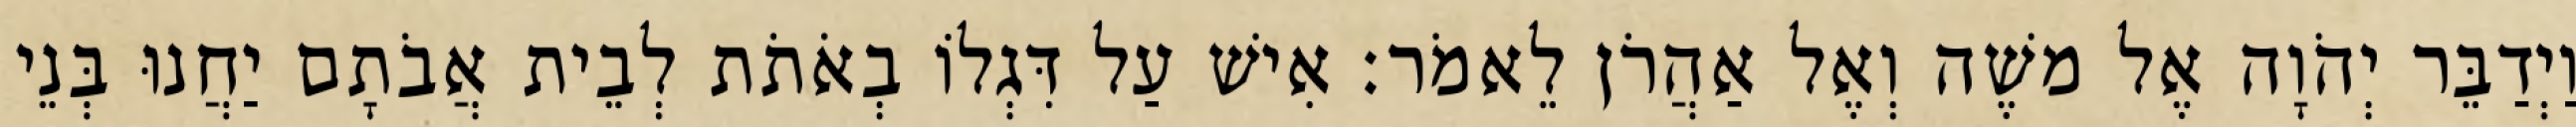
וַיְדַבֵּר יְהֹוָה אֶל משֶׁה וְאֶל אַהֲרֹן לֵאמֹר׃ אִישׁ עַל דִּגְלוֹ בְאֹתֹת לְבֵית אֲבֹתָם יַחֲנוּ בְּנֵי